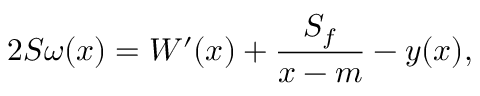
2 S \omega ( x ) = W ^ { \prime } ( x ) + \frac { S _ { f } } { x - m } - y ( x ) ,